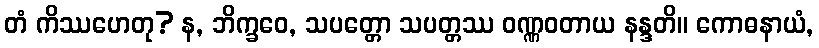
တံ ကိဿဟေတု? န, ဘိက္ခဝေ, သပတ္တော သပတ္တဿ ဝဏ္ဏဝတာယ နန္ဒတိ။ ကောဓနာယံ,